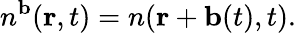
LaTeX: n^{\mathbf b}({\mathbf r},t)=n({\mathbf r}+{\mathbf b}(t),t).